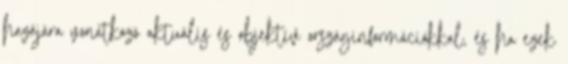
hazájára vonatkozó aktuális és objektív országinformációkkal, és ha ezek